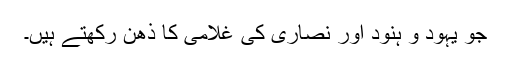
جو یہود و ہنود اور نصاری کی غلامی کا ذھن رکھتے ہیں۔